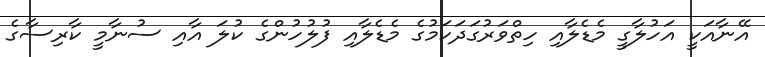
އޭނާއަކީ އަހުލާގީ މެޑެލާއި ހިތްވަރުގަދަކަމުގެ މެޑެލާއި ފުލުހުންގެ ކުލަ އާއި ސުނާމީ ކާރިސާގެ